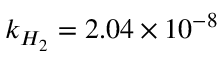
k _ { H _ { 2 } } = 2 . 0 4 \times 1 0 ^ { - 8 }